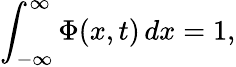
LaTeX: \int_{-\infty}^{\infty}\Phi(x,t)\, dx=1,